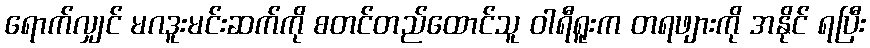
ရောက်လျှင် မဂဒူးမင်းဆက်ကို စတင်တည်ထောင်သူ ဝါရီရူးက တရဖျားကို အနိုင် ရပြီး